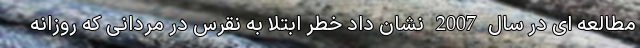
مطالعه ای در سال 2007 نشان داد خطر ابتلا به نقرس در مردانی که روزانه